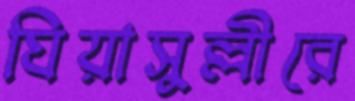
ঘিয়াসুল্লীরে